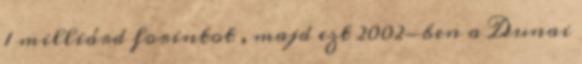
1 milliárd forintot , majd ezt 2002-ben a Dunai